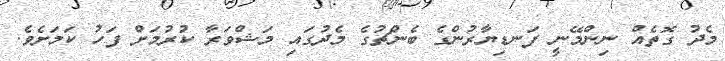
މެދު ގޮތެއް ނިންމޭނީ ފަނޑިޔާރުންގެ ބެންޗުގެ މެދުގައި މަޝްވަރާ ކުރުމަށް ފަހު ކަމަށެވެ.